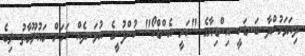
ދިޔަވަމުންދާ ބަނޑަކީ އިންޑިޔާގެ "ހަރީ އެންޑްކޯ" ކުންފުނީގެ އުޅަނދެއް ކަމަށް މައުލޫމާތު ލިބެ